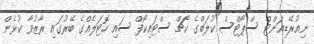
ނިއުރޭޑިއަންޓް ސްޕޯޓްސް ކުލަބްގެ ކޯޗް ސްޓައިކޯފް ސައި ހޮޓަލެއްގެ ބޭރުގައި ރާޒުވާ ކުޅެން